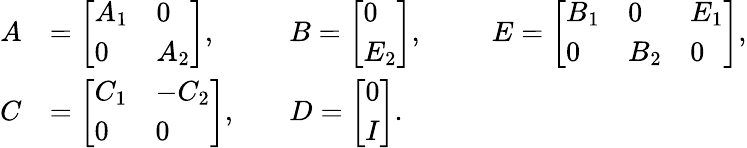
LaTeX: \begin{array}{rlrlrl}{A}&{=\left[\begin{array}{ll}{A_{1}}&{0}\\ {0}&{A_{2}}\end{array}\right],}&&{B=\left[\begin{array}{l}{0}\\ {E_{2}}\end{array}\right],\; \; }&&{E=\left[\begin{array}{lll}{B_{1}}&{0}&{E_{1}}\\ {0}&{B_{2}}&{0}\end{array}\right],}\\ {C}&{=\left[\begin{array}{ll}{C_{1}}&{-C_{2}}\\ {0}&{0}\end{array}\right],}&&{D=\left[\begin{array}{l}{0}\\ {I}\end{array}\right].}\end{array}